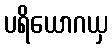
ပရိယောဂယှ